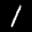
Label: 1